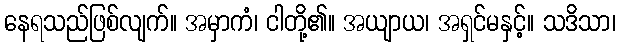
နေရသည်ဖြစ်လျက်။ အမှာကံ၊ ငါတို့၏။ အယျာယ၊ အရှင်မနှင့်။ သဒိသာ၊